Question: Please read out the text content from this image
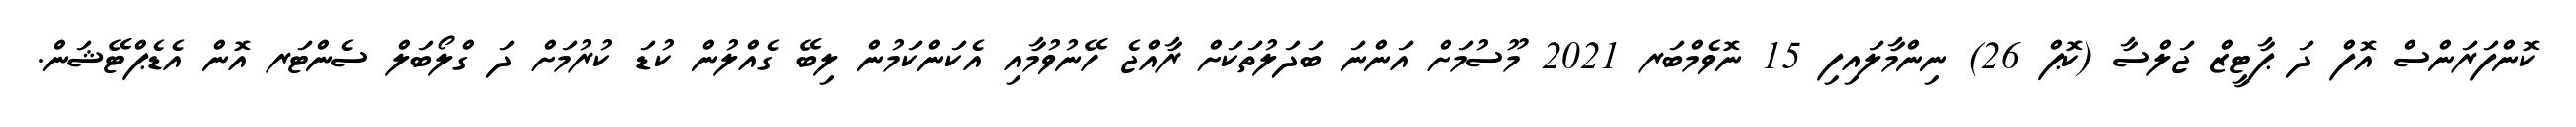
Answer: ކޮންފަރަންސް އޮފް ދަ ޕާޓީޒް ޖަލްސާ (ކޮޕް 26) ނިންމާލައިފި 15 ނޮވެމްބަރ 2021 މޫސުމަށް އަންނަ ބަދަލުތަކަށް ރާއްޖެ ހޭނުވުމާއި އެކަންކަމުން ލިބޭ ގެއްލުން ކުޑަ ކުރުމަށް ދަ ގްލޯބަލް ސެންޓަރ އޮން އެޑެޕްޓޭޝަން.